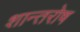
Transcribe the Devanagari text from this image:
शान्तरोष